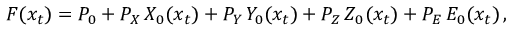
F ( x _ { t } ) = P _ { 0 } + P _ { X } \, X _ { 0 } ( x _ { t } ) + P _ { Y } \, Y _ { 0 } ( x _ { t } ) + P _ { Z } \, Z _ { 0 } ( x _ { t } ) + P _ { E } \, E _ { 0 } ( x _ { t } ) \, ,